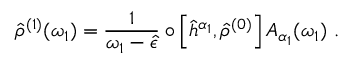
\hat { \rho } ^ { ( 1 ) } ( \omega _ { 1 } ) = \frac { 1 } { \omega _ { 1 } - \hat { \epsilon } } \circ \left[ \hat { h } ^ { \alpha _ { 1 } } , \hat { \rho } ^ { ( 0 ) } \right] A _ { \alpha _ { 1 } } ( \omega _ { 1 } ) \mathrm { ~ . ~ }